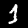
Digit: 1